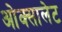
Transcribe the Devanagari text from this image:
ओक्सालेट